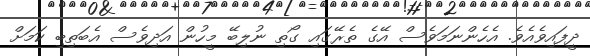
ދީފައިވެއެވެ. އެހެންނަމަވެސް އޭގެ ތެރޭގައި ގޯތި ނުލިބޭ މީހުން އަދިވެސް އެބަތިބި ކަމަށް